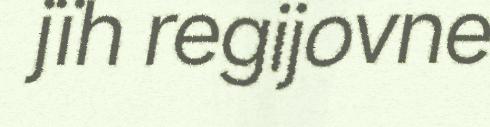
jïh regijovne